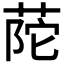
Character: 𦱆